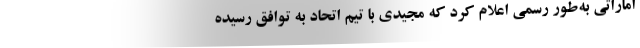
اماراتی به‌طور رسمی اعلام کرد که مجیدی با تیم اتحاد به توافق رسیده